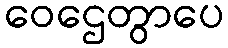
ဝေဌေတွာပေ